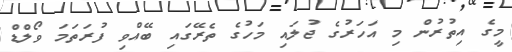
މީގެ އިތުރުން މި އަހަރުގެ ޖުލައި މަހުގެ ތެރޭގައި ބޭއްވި ފުރަތަމަ ވޯލްޑް